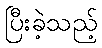
ပြီးခဲ့သည့်